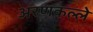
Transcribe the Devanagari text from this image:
अरणकल्ले